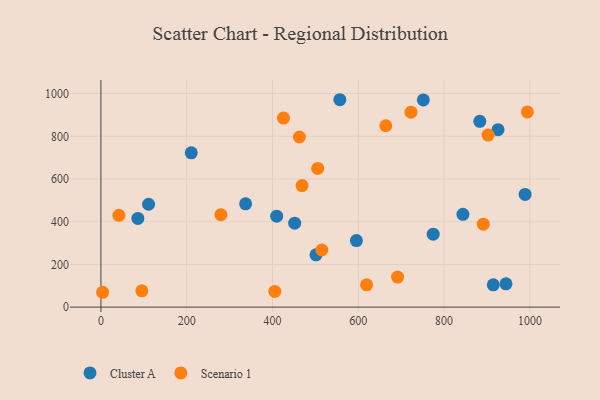
{"axis": {"x": "Distance", "y": "Profit"}, "legend": ["Cluster A", "Scenario 1"], "data": [{"x": "843.8", "y": 434.9, "type": "Cluster A"}, {"x": "883.2", "y": 870.3, "type": "Cluster A"}, {"x": "337.3", "y": 484.1, "type": "Cluster A"}, {"x": "751.6", "y": 970.5, "type": "Cluster A"}, {"x": "210.6", "y": 722.9, "type": "Cluster A"}, {"x": "86.1", "y": 415.7, "type": "Cluster A"}, {"x": "409.7", "y": 425.9, "type": "Cluster A"}, {"x": "925.7", "y": 831.2, "type": "Cluster A"}, {"x": "914.6", "y": 104.6, "type": "Cluster A"}, {"x": "944.2", "y": 109.0, "type": "Cluster A"}, {"x": "451.7", "y": 393.1, "type": "Cluster A"}, {"x": "595.6", "y": 311.6, "type": "Cluster A"}, {"x": "557.0", "y": 971.5, "type": "Cluster A"}, {"x": "111.1", "y": 481.9, "type": "Cluster A"}, {"x": "501.3", "y": 245.2, "type": "Cluster A"}, {"x": "774.5", "y": 341.6, "type": "Cluster A"}, {"x": "988.8", "y": 527.9, "type": "Cluster A"}, {"x": "619.3", "y": 104.3, "type": "Scenario 1"}, {"x": "468.9", "y": 569.2, "type": "Scenario 1"}, {"x": "891.3", "y": 388.7, "type": "Scenario 1"}, {"x": "462.7", "y": 797.0, "type": "Scenario 1"}, {"x": "405.4", "y": 73.5, "type": "Scenario 1"}, {"x": "279.8", "y": 433.3, "type": "Scenario 1"}, {"x": "41.9", "y": 429.8, "type": "Scenario 1"}, {"x": "722.8", "y": 913.1, "type": "Scenario 1"}, {"x": "4.0", "y": 69.6, "type": "Scenario 1"}, {"x": "425.6", "y": 885.4, "type": "Scenario 1"}, {"x": "994.1", "y": 914.3, "type": "Scenario 1"}, {"x": "514.9", "y": 267.7, "type": "Scenario 1"}, {"x": "902.5", "y": 805.7, "type": "Scenario 1"}, {"x": "664.0", "y": 849.7, "type": "Scenario 1"}, {"x": "505.3", "y": 649.5, "type": "Scenario 1"}, {"x": "691.5", "y": 141.0, "type": "Scenario 1"}, {"x": "95.4", "y": 76.3, "type": "Scenario 1"}]}